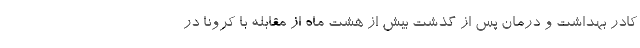
کادر بهداشت و درمان پس از گذشت بیش از هشت ماه از مقابله با کرونا در